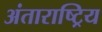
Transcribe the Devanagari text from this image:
अंताराष्ट्रिय